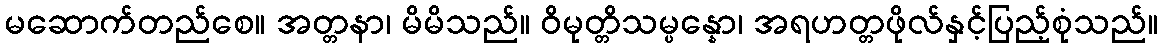
မဆောက်တည်စေ။ အတ္တနာ၊ မိမိသည်။ ဝိမုတ္တိသမ္ပန္နော၊ အရဟတ္တဖိုလ်နှင့်ပြည့်စုံသည်။